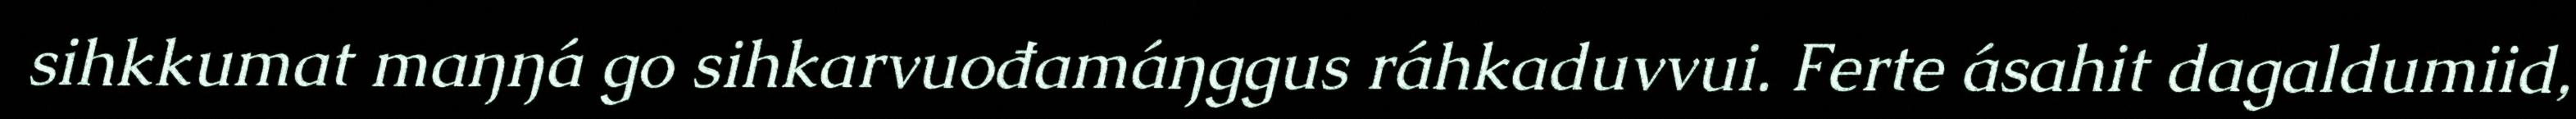
sihkkumat maŋŋá go sihkarvuođamáŋggus ráhkaduvvui. Ferte ásahit dagaldumiid,